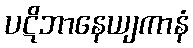
ပဋိဘာနေယျကာနံ